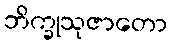
ဘိက္ခုသုဇာတော